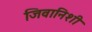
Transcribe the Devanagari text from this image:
जिवानिशी